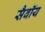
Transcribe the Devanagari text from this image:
सैवॉय